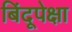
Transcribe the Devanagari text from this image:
बिंदूपेक्षा